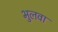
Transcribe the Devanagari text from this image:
भुलवा